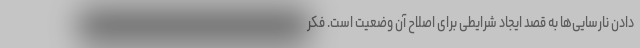
دادن نارسایی‌ها به قصد ایجاد شرایطی برای اصلاح آن وضعیت است. فکر